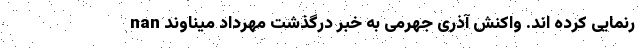
رنمایی کرده اند. واکنش آذری جهرمی به خبر درگذشت مهرداد میناوند nan